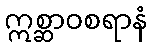
ဣစ္ဆာဝစရာနံ